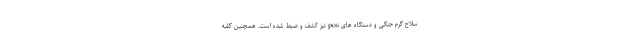
سلاح گرم جنگی و دستگاه های pos نیز کشف و ضبط شده است. همچنین کلیه